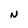
Character: N